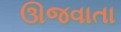
ઊજવાતા